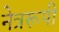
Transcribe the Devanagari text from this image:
नेत्ररूपी